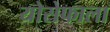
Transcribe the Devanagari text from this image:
योसेफाला